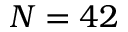
N = 4 2